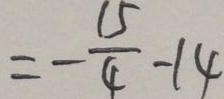
= - \frac { 1 5 } { 4 } - 1 4